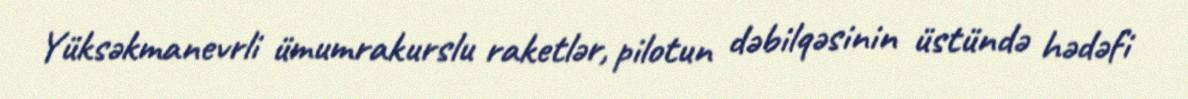
Yüksəkmanevrli ümumrakurslu raketlər, pilotun dəbilqəsinin üstündə hədəfi